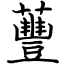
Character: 蘴